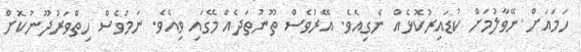
ހަމައަށް ނޭވާލުމަށް ކުޑައިރުކޮޅެއް ނެގިއެވެ. އޭރުވެސް ތޫނުތަދެއް މޭގައި ވިއެވެ. ނަމަވެސް ހިތްވަރުދޫނުކޮށް